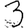
Digit: 3